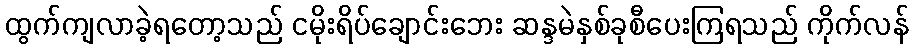
ထွက်ကျလာခဲ့ရတော့သည် ငမိုးရိပ်ချောင်းဘေး ဆန္ဒမဲနှစ်ခုစီပေးကြရသည် ကိုက်လန်